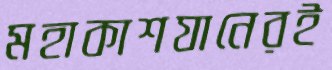
মহাকাশযানেরই